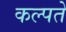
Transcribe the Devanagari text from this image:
कल्पते